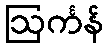
ဩင်္ကန်